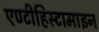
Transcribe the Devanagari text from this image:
एण्टीहिस्टामाइन